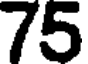
75